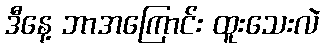
ဒီနေ့ ဘာအကြောင်း ထူးသေးလဲ